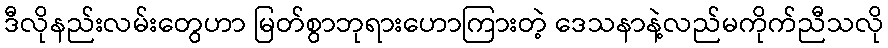
ဒီလိုနည်းလမ်းတွေဟာ မြတ်စွာဘုရားဟောကြားတဲ့ ဒေသနာနဲ့လည်မကိုက်ညီသလို